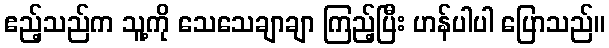
ဧည့်သည်က သူ့ကို သေသေချာချာ ကြည့်ပြီး ဟန်ပါပါ ပြောသည်။